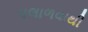
પલાળવાથી